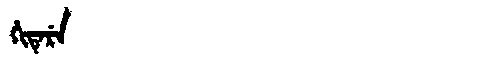
Manchu: ᡥᡳᡨᡝᡵᡝ
Romanization: HITERE